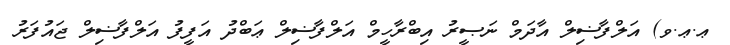
ޢ.ޢ.ވ) އަލްފާޟިލް އާދަމް ނަޞީރު އިބްރާހީމް އަލްފާޟިލް ޢަބްދު އަފީފު އަލްފާޟިލް ޖައުފަރު